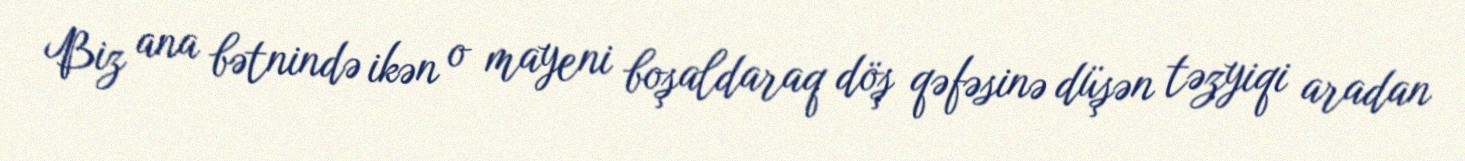
Biz ana bətnində ikən o mayeni boşaldaraq döş qəfəsinə düşən təzyiqi aradan